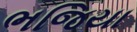
ભજિયા